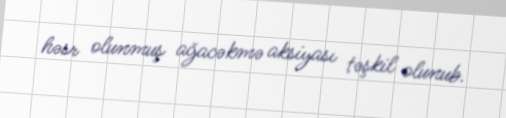
həsr olunmuş ağacəkmə aksiyası təşkil olunub.